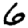
Digit: 6